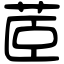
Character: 茝